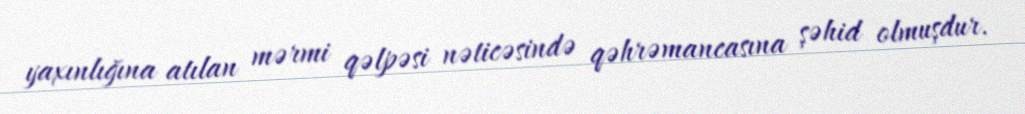
yaxınlığına atılan mərmi qəlpəsi nəticəsində qəhrəmancasına şəhid olmuşdur.